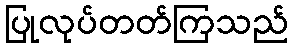
ပြုလုပ်တတ်ကြသည်